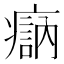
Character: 𤹽